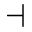
\dashv